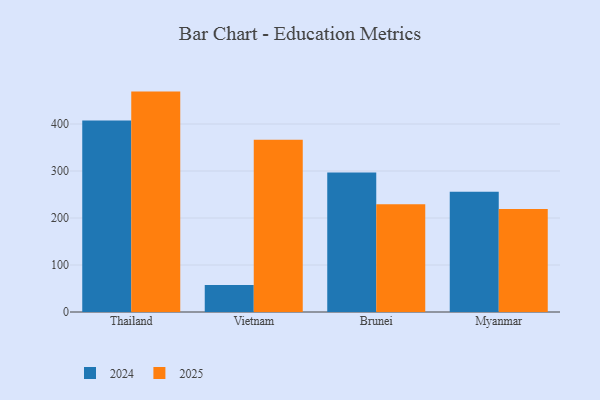
{"axis": {"x": "Country", "y": "Latency (ms)"}, "legend": ["2024", "2025"], "data": [{"x": "Thailand", "y": 469.0, "type": "2025"}, {"x": "Thailand", "y": 407.6, "type": "2024"}, {"x": "Vietnam", "y": 366.7, "type": "2025"}, {"x": "Vietnam", "y": 57.2, "type": "2024"}, {"x": "Brunei", "y": 229.2, "type": "2025"}, {"x": "Brunei", "y": 297.0, "type": "2024"}, {"x": "Myanmar", "y": 219.2, "type": "2025"}, {"x": "Myanmar", "y": 256.0, "type": "2024"}]}